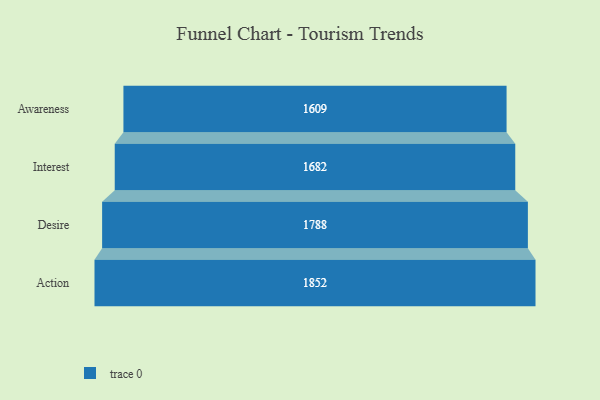
{"axis": {"x": "Stage", "y": "Value"}, "legend": [""], "data": [{"x": "Awareness", "y": 1609.0, "type": ""}, {"x": "Interest", "y": 1682.0, "type": ""}, {"x": "Desire", "y": 1788.0, "type": ""}, {"x": "Action", "y": 1852.0, "type": ""}]}